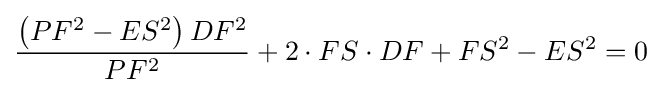
{\frac {\left(PF^{2}-ES^{2}\right)DF^{2}}{PF^{2}}}+2\cdot FS\cdot DF+FS^{2}-ES^{2}=0